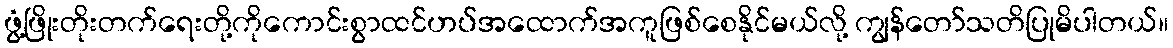
ဖွံ့ဖြိုးတိုးတက်ရေးတို့ကိုကောင်းစွာထင်ဟပ်အထောက်အကူဖြစ်စေနိုင်မယ်လို့ ကျွန်တော်သတိပြုမိပါတယ်။